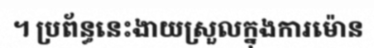
។ ប្រព័ន្ធនេះងាយស្រួលក្នុងការម៉ោន